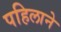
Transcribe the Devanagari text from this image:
पहिलाने